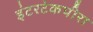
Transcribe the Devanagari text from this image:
इंटरटेकपीरा